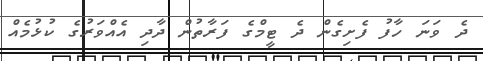
ދެ ވަނަ ހާފު ފެށިގެން ދެ ޓީމްގެ ފަރާތުން ދާދި އެއްވަރުގެ ކުޅުމެއް